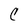
Character: C